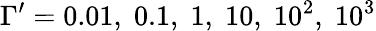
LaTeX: \Gamma^{\prime}=0.01,\; 0.1,\; 1,\; 10,\; 10^{2},\; 10^{3}